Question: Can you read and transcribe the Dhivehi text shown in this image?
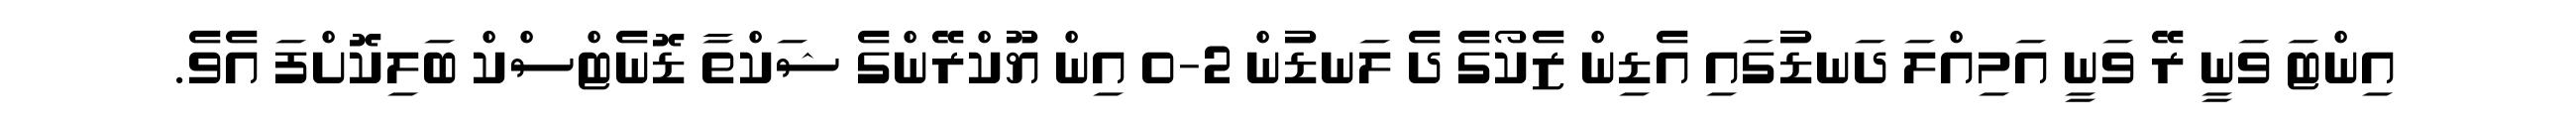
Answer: އިންޓަ ވަނީ ރޭ ވަނީ އަމިއްލަ ދަނޑުގައި އެޑިން ޒެކޯގެ ދެ ލަނޑުން 2-0 އިން ޔޫކްރޭންގެ ޝަކްތާ ޑޮނެޓްސްކް ބަލިކޮށްފަ އެވެ.